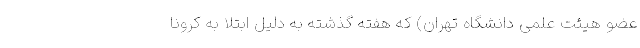
عضو هیئت علمی دانشگاه تهران) که هفته گذشته به دلیل ابتلا به کرونا